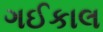
ગઈકાલ